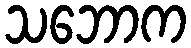
သဘောက